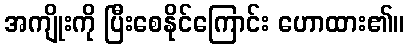
အကျိုးကို ပြီးစေနိုင်ကြောင်း ဟောထား၏။